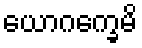
ယောဂက္ခေမိ